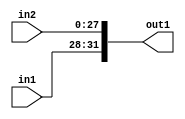
module bitext(in1,in2,out1);
input [3:0] in1;
input [27:0] in2;
output [31:0] out1;
assign 	 out1 = {in1,in2};
endmodule